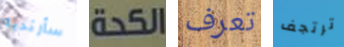
سأرتديه الكحة تعرف ترتجف